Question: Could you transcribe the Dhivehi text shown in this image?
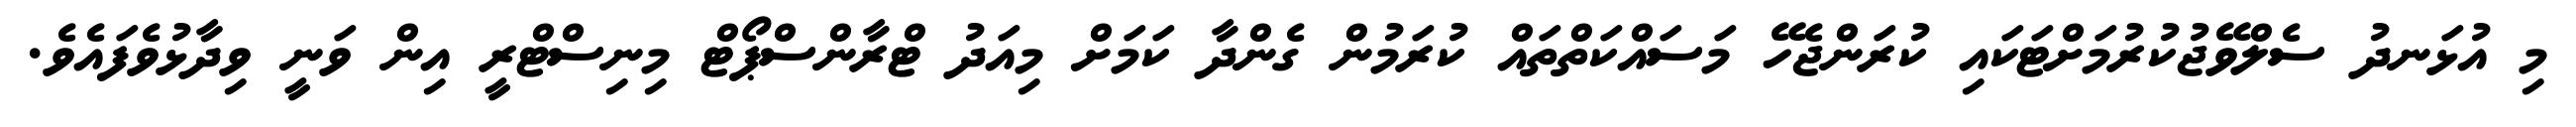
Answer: މި އުޅަނދު ސެލްވޭޖުކުރުމަށްޓަކައި ކުރަންޖެހޭ މަސައްކަތްތައް ކުރަމުން ގެންދާ ކަމަށް މިއަދު ޓްރާންސްޕޯޓް މިނިސްޓްރީ އިން ވަނީ ވިދާޅުވެފައެވެ.